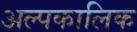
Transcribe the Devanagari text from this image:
अल्‍पकालिक